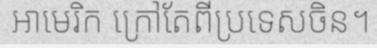
អាមេរិក ក្រៅតែពីប្រទេសចិន។